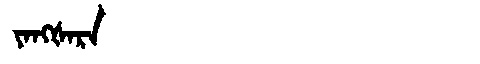
Manchu: ᠶᠠᠩᡧᠠᡵᠠ
Romanization: YANGŠARA